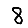
Digit: 8